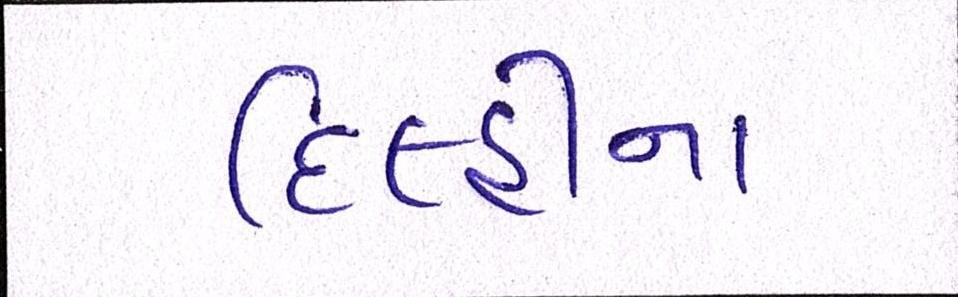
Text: દિલ્હીના